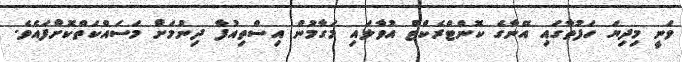
ވަނީ މިދިޔަ ހަފުތާގައި އޭނާގެ ކޮންޓްރެކްޓް އުވާލައި މަގާމުން އިސްތިއުފާ ދިނުމަށް މަސައްކަތްކޮށްފައެވެ.